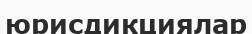
юрисдикциялар